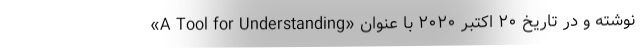
نوشته و در تاریخ ۲۰ اکتبر ۲۰۲۰ با عنوان «A Tool for Understanding»